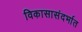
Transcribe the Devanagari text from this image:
विकासासंदर्भात